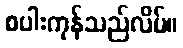
စပါးကုန်သည်လိမ်။